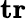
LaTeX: \mathbf{tr}